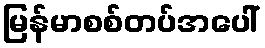
မြန်မာစစ်တပ်အပေါ်